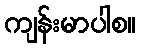
ကျန်းမာပါစ။